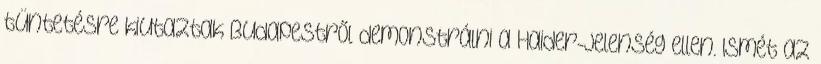
tüntetésre kiutaztak Budapestről demonstrálni a Haider-jelenség ellen. Ismét az